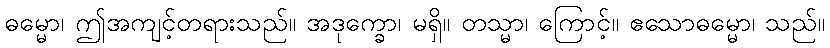
ဓမ္မော၊ ဤအကျင့်တရားသည်။ အဒုက္ခော၊ မရှိ။ တသ္မာ၊ ကြောင့်။ ဧသောဓမ္မော၊ သည်။